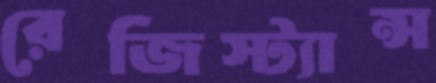
রেজিস্ট্যান্স